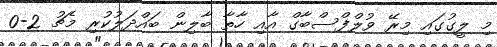
މި ލީގުގައި މިރޭ ވުލްފްސްބާގް އާއި ހާތާ ބާލިން ބައްދަލުކުރި މެޗު 2-0